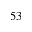
5 3